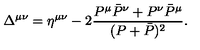
\Delta ^ { \mu \nu } = \eta ^ { \mu \nu } - 2 \frac { P ^ { \mu } \bar { P } ^ { \nu } + P ^ { \nu } \bar { P } ^ { \mu } } { ( P + \bar { P } ) ^ { 2 } } .